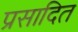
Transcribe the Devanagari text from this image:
प्रसादित